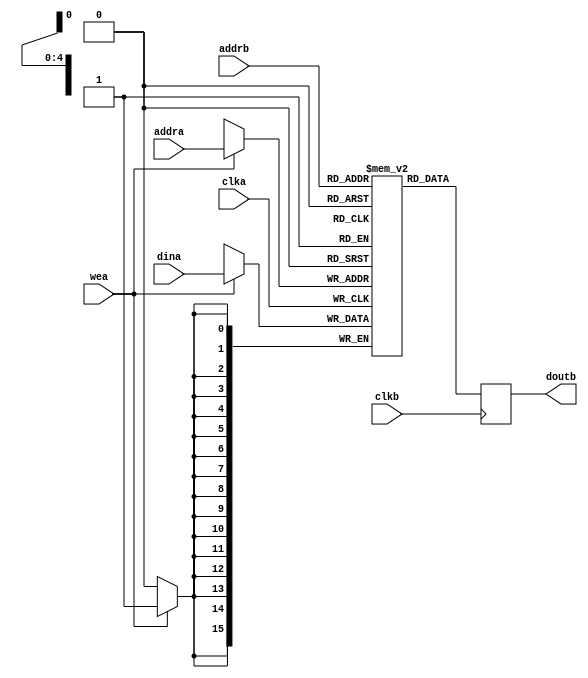
// ***************************************************************************
// ***************************************************************************
// Copyright 2011(c) Analog Devices, Inc.
// 
// All rights reserved.
// 
// Redistribution and use in source and binary forms, with or without modification,
// are permitted provided that the following conditions are met:
//     - Redistributions of source code must retain the above copyright
//       notice, this list of conditions and the following disclaimer.
//     - Redistributions in binary form must reproduce the above copyright
//       notice, this list of conditions and the following disclaimer in
//       the documentation and/or other materials provided with the
//       distribution.
//     - Neither the name of Analog Devices, Inc. nor the names of its
//       contributors may be used to endorse or promote products derived
//       from this software without specific prior written permission.
//     - The use of this software may or may not infringe the patent rights
//       of one or more patent holders.  This license does not release you
//       from the requirement that you obtain separate licenses from these
//       patent holders to use this software.
//     - Use of the software either in source or binary form, must be run
//       on or directly connected to an Analog Devices Inc. component.
//    
// THIS SOFTWARE IS PROVIDED BY ANALOG DEVICES "AS IS" AND ANY EXPRESS OR IMPLIED WARRANTIES,
// INCLUDING, BUT NOT LIMITED TO, NON-INFRINGEMENT, MERCHANTABILITY AND FITNESS FOR A
// PARTICULAR PURPOSE ARE DISCLAIMED.
//
// IN NO EVENT SHALL ANALOG DEVICES BE LIABLE FOR ANY DIRECT, INDIRECT, INCIDENTAL, SPECIAL,
// EXEMPLARY, OR CONSEQUENTIAL DAMAGES (INCLUDING, BUT NOT LIMITED TO, INTELLECTUAL PROPERTY
// RIGHTS, PROCUREMENT OF SUBSTITUTE GOODS OR SERVICES; LOSS OF USE, DATA, OR PROFITS; OR 
// BUSINESS INTERRUPTION) HOWEVER CAUSED AND ON ANY THEORY OF LIABILITY, WHETHER IN CONTRACT,
// STRICT LIABILITY, OR TORT (INCLUDING NEGLIGENCE OR OTHERWISE) ARISING IN ANY WAY OUT OF 
// THE USE OF THIS SOFTWARE, EVEN IF ADVISED OF THE POSSIBILITY OF SUCH DAMAGE.
// ***************************************************************************
// ***************************************************************************
// ***************************************************************************
// ***************************************************************************

`timescale 1ns/100ps

module mem (

  clka,
  wea,
  addra,
  dina,

  clkb,
  addrb,
  doutb);

  parameter       DATA_WIDTH = 16;
  parameter       ADDR_WIDTH =  5;
  localparam      DW = DATA_WIDTH - 1;
  localparam      AW = ADDR_WIDTH - 1;

  input           clka;
  input           wea;
  input   [AW:0]  addra;
  input   [DW:0]  dina;

  input           clkb;
  input   [AW:0]  addrb;
  output  [DW:0]  doutb;

  reg     [DW:0]  m_ram[0:((2**ADDR_WIDTH)-1)];
  reg     [DW:0]  doutb;

  always @(posedge clka) begin
    if (wea == 1'b1) begin
      m_ram[addra] <= dina;
    end
  end

  always @(posedge clkb) begin
    doutb <= m_ram[addrb];
  end

endmodule

// ***************************************************************************
// ***************************************************************************